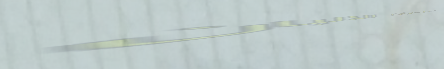
بيع وتوزيع منتجات الألبان